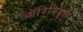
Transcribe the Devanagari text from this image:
ऑरिगिड्स